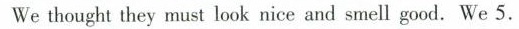
We thought they must look nice and smell good.We 5.